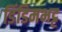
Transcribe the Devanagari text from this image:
डिंडिमभट्ट